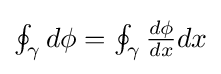
\textstyle \oint _{\gamma }d\phi =\oint _{\gamma }{\frac {d\phi }{dx}}dx